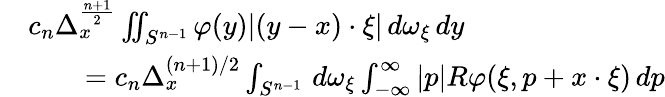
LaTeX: {\begin{array}{rl}&{c_{n}\Delta_{x}^{\frac{n+1}{2}}\iint_{S^{n-1}}\varphi(y)|(y-x)\cdot\xi|\, d\omega_{\xi}\, dy}\\ &{\qquad=c_{n}\Delta_{x}^{(n+1)/2}\int_{S^{n-1}}\, d\omega_{\xi}\int_{-\infty}^{\infty}|p|R\varphi(\xi,p+x\cdot\xi)\, dp}\end{array}}